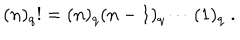
LaTeX: ( n ) _ { q } ! = ( n ) _ { q } ( n - 1 ) _ { q } \cdots ( 1 ) _ { q } \; .